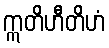
ဣတိဟီတိဟံ